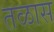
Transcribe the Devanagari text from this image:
तळास